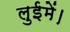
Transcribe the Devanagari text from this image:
लुईमें।